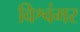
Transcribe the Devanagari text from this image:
विश्वंमर